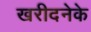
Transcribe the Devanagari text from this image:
खरीदनेके